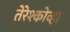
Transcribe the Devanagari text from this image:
तेरेश्कोव्हा